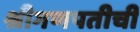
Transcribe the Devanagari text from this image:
श्रीगणपतीची